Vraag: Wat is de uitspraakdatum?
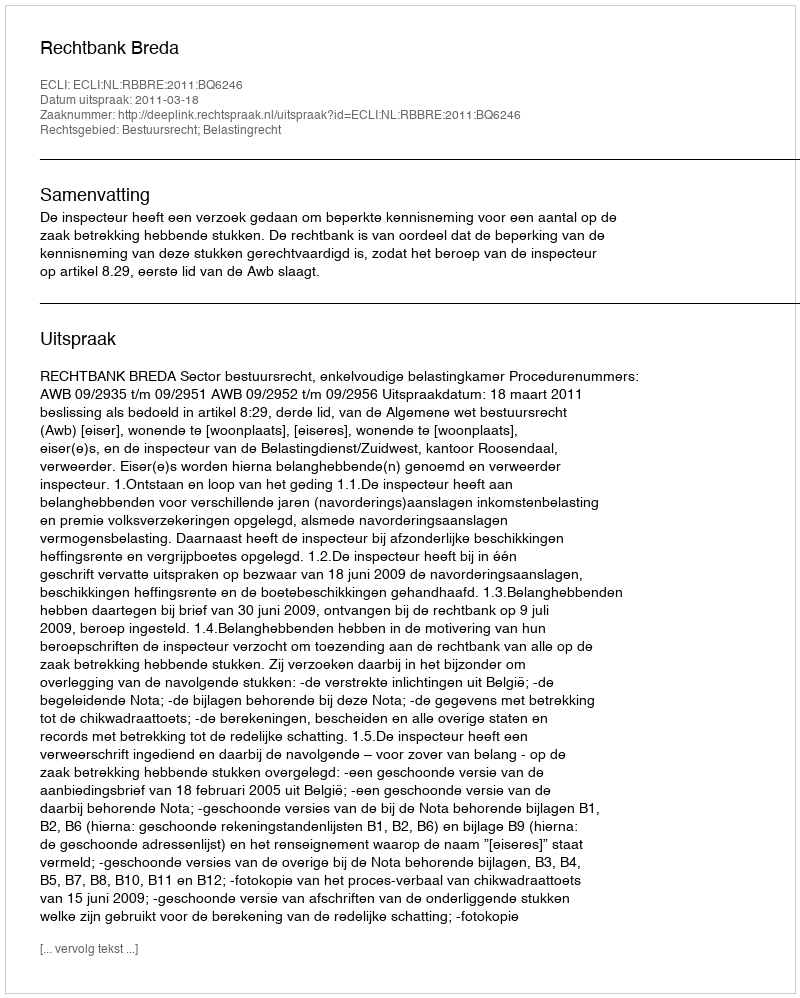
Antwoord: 2011-03-18